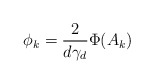
\begin{align*}\phi_k = \frac{2}{d\gamma_d}\Phi(A_k)\end{align*}